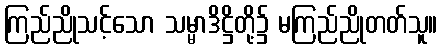
ကြည်ညိုသင့်သော သမ္မာဒိဋ္ဌိတို့၌ မကြည်ညိုတတ်သူ။